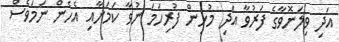
އަދި ވިލަނޮވާގެ ފަރުވާ އަދި މުޅިން ފުރިހަމަ ނުވާ ކަމަށާއި އެހެން ނަމަވެސް